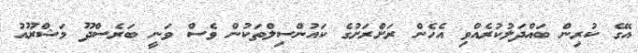
އޭގެ ކުރިން ބައްދަލުކުރެއްވި އެހެން ރަށްރަށުގެ ކައުންސިލްތަކުން ވެސް ވަނީ ބަރެސްދޫ މަޝްރޫއު